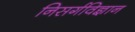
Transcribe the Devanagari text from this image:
निसर्गविज्ञान